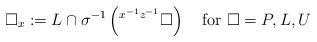
LaTeX: \begin{align*}\square_x:=L\cap \sigma^{-1}\left({}^{x^{-1}z^{-1}}\square\right) \ \ \textrm{ for }\square=P,L,U\end{align*}